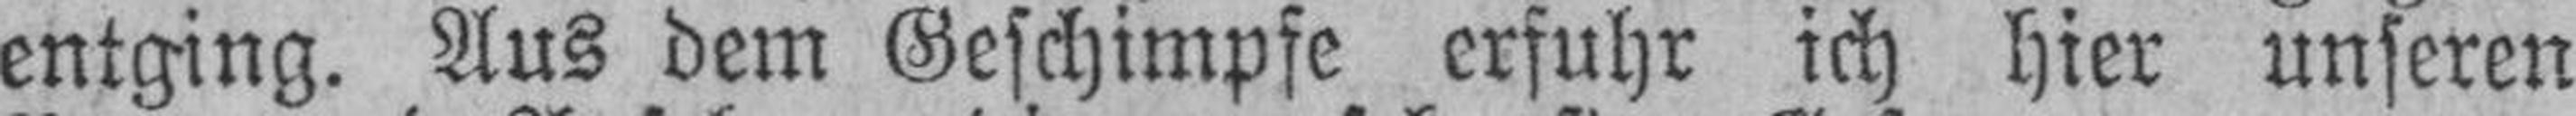
entging. Aus dem Geschimpfe erfuhr ich hier unseren